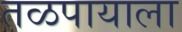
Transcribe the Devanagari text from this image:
तळपायाला